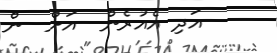
އަދި އެއުރެން  އަށް  ން